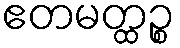
ဧတမတ္ထဉ္စ